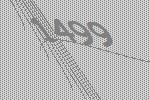
1499